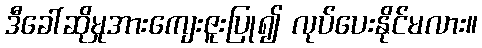
ဒီခေါ်ဆိုမှုအားကျေးဇူးပြု၍ လုပ်ပေးနိုင်မလား။